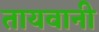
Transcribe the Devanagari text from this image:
तायवानी